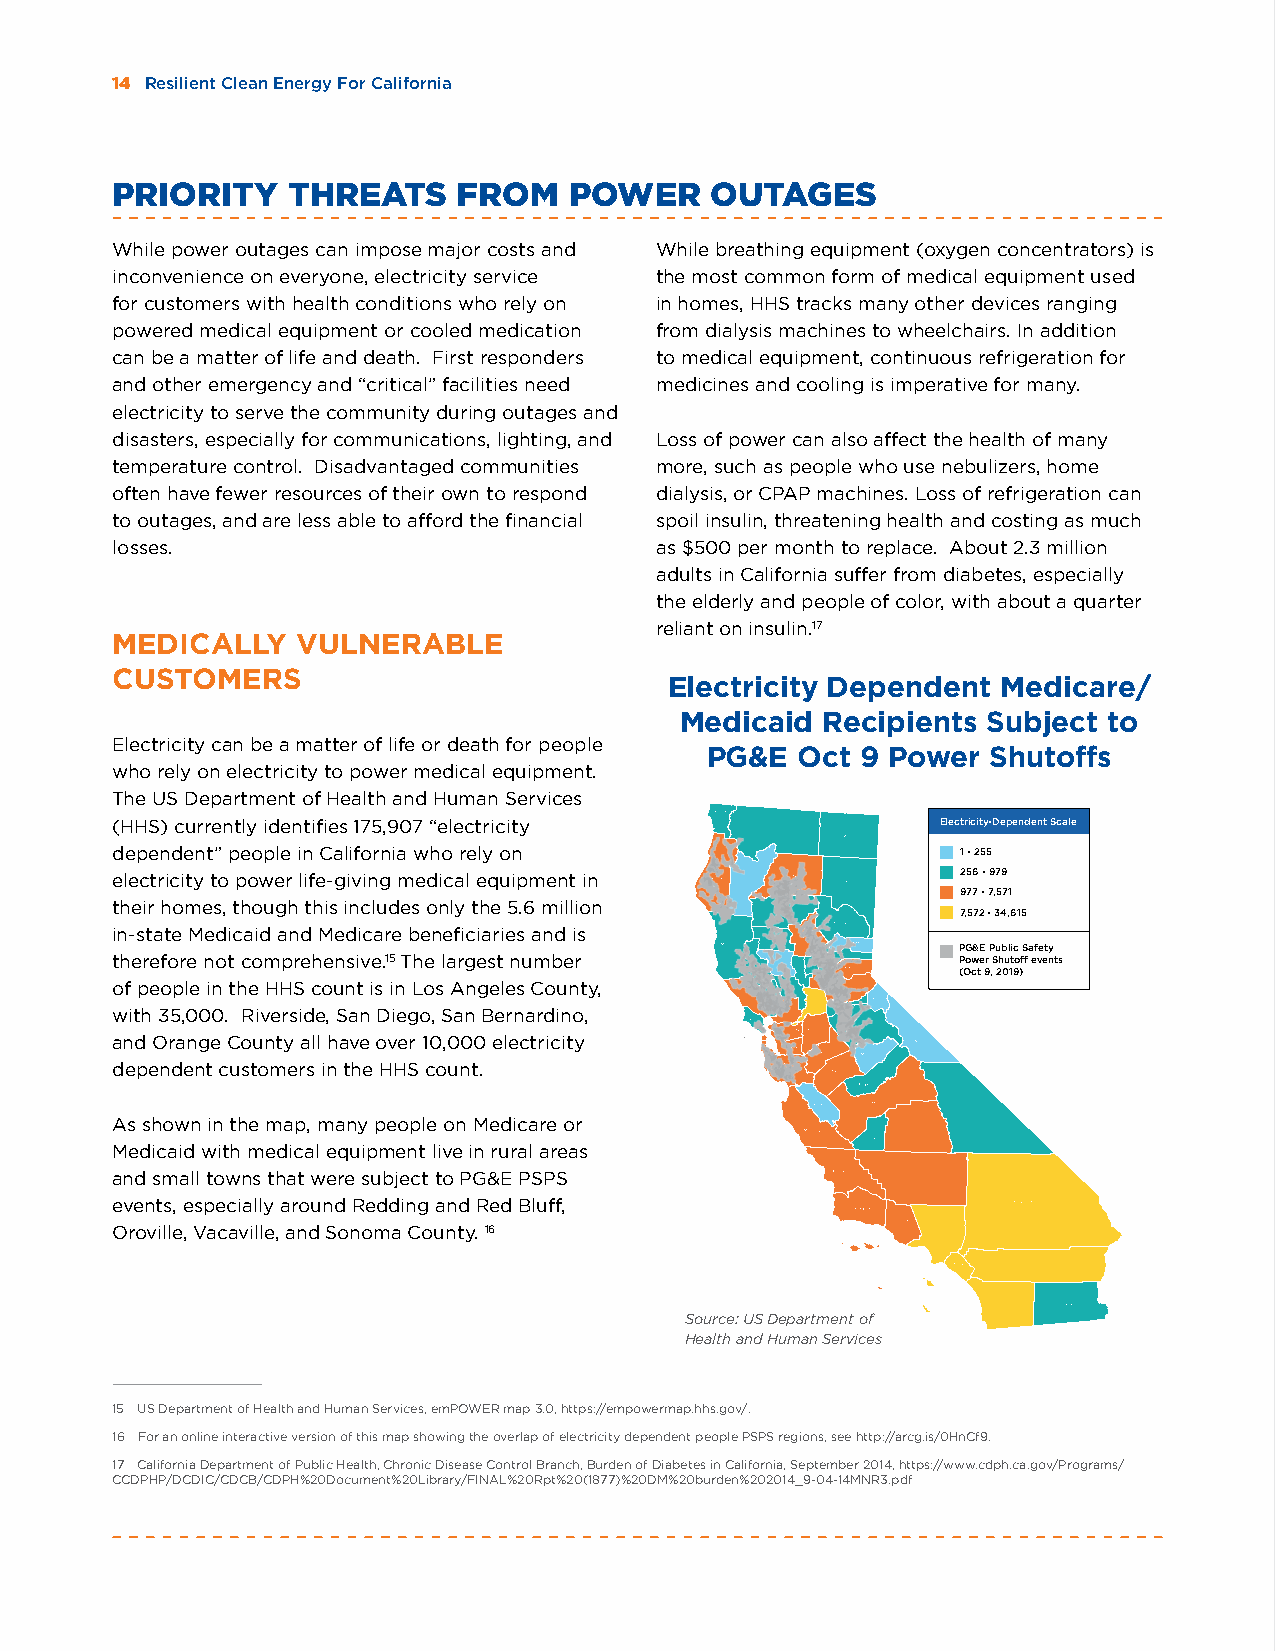
14 Resilient Clean Energy For California
 PRIORITY    THREATS    FROM    POWER    OUTAGES
 While power outages can impose major costs and While breathing equipment (oxygen concentrators) is
 inconvenience on everyone, electricity service the most common form of medical equipment used
 for customers with health conditions who rely on in homes, HHS tracks many other devices ranging
 powered medical equipment or cooled medication from dialysis machines to wheelchairs. In addition
 can be a matter of life and death. First responders to medical equipment, continuous refrigeration for
 and other emergency and “critical” facilities need medicines and cooling is imperative for many.
 electricity to serve the community during outages and
 disasters, especially for communications, lighting, and Loss of power can also affect the health of many
 temperature control. Disadvantaged communities more, such as people who use nebulizers, home
 often have fewer resources of their own to respond dialysis, or CPAP machines. Loss of refrigeration can
 to outages, and are less able to afford the financial spoil insulin, threatening health and costing as much
 losses.                             as $500 per month to replace. About 2.3 million
 adults in California suffer from diabetes, especially
 the elderly and people of color, with about a quarter
 reliant on insulin.17
 MEDICALLY    VULNERABLE
 CUSTOMERS
 Electricity Dependent Medicare/
 Medicaid Recipients Subject to
 Electricity Dependent Medicare/Medicaid
 Electricity can be a matter of life or death for people
 PG&E  Oct 9 Power Shutoffs
 Recipients Subject to PG&E Oct 9
 who rely on electricity to power medical equipment.
 Power Shutoffs
 The US Department of Health and Human Services
 (HHS) currently identifies 175,907 “electricity        Electricity-Dependent Scale
 dependent” people in California who rely on              1 - 255
 electricity to power life-giving medical equipment in    256 - 979
 977 - 7,571
 their homes, though this includes only the 5.6 million
 7,572 - 34,615
 in-state Medicaid and Medicare beneficiaries and is
 PG&E Public Safety
 therefore not comprehensive.15 The largest number        Power Shutoff events
 (Oct 9, 2019)
 of people in the HHS count is in Los Angeles County,
 with 35,000. Riverside, San Diego, San Bernardino,
 and Orange County all have over 10,000 electricity
 dependent customers in the HHS count.
 As shown in the map, many people on Medicare or
 Medicaid with medical equipment live in rural areas
 and small towns that were subject to PG&E PSPS
 events, especially around Redding and Red Bluff,
 Oroville, Vacaville, and Sonoma County. 16
 Source: US Department of
 Source: US Department of Health and Human Services
 Health and Human Services
 15 US Department of Health and Human Services, emPOWER map 3.0, https://empowermap.hhs.gov/.
 16 For an online interactive version of this map showing the overlap of electricity dependent people PSPS regions, see http://arcg.is/0HnCf9.
 17 California Department of Public Health, Chronic Disease Control Branch, Burden of Diabetes in California, September 2014, https://www.cdph.ca.gov/Programs/
 CCDPHP/DCDIC/CDCB/CDPH%20Document%20Library/FINAL%20Rpt%20(1877)%20DM%20burden%202014_9-04-14MNR3.pdf